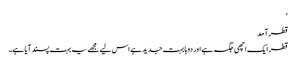
‘
قطر آمد
قطر ایک اچھی جگہ ہے اور دوہا بہت جدید ہے اس لیے مجھے یہ بہت پسند آیا ہے۔